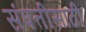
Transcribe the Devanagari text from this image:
संपत्तीसाठी